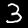
Digit: 3